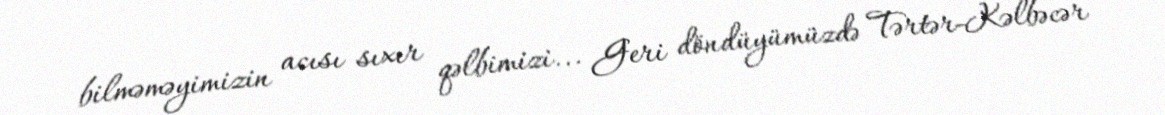
bilməməyimizin acısı sıxır qəlbimizi... Geri döndüyümüzdə Tərtər-Kəlbəcər